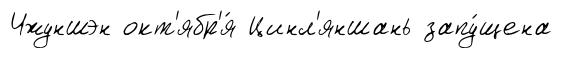
Чжуншэн окт'ябр'я́ Цинл'яншань запу́щена